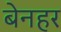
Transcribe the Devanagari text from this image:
बेनहर